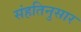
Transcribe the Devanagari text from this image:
संहतिनुसार